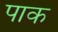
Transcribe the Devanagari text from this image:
पाक